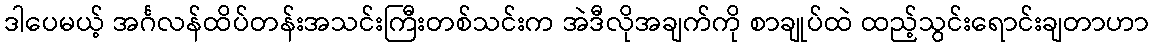
ဒါပေမယ့် အင်္ဂလန်ထိပ်တန်းအသင်းကြီးတစ်သင်းက အဲဒီလိုအချက်ကို စာချုပ်ထဲ ထည့်သွင်းရောင်းချတာဟာ